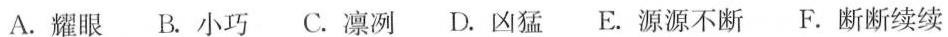
A.耀眼B.小巧C.凛冽D.凶猛E.源源不断F.断断续续